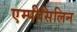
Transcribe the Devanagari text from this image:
एम्पीसिलिन